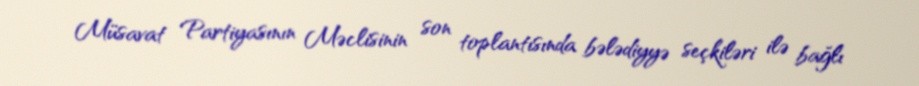
Müsavat Partiyasının Məclisinin son toplantısında bələdiyyə seçkiləri ilə bağlı